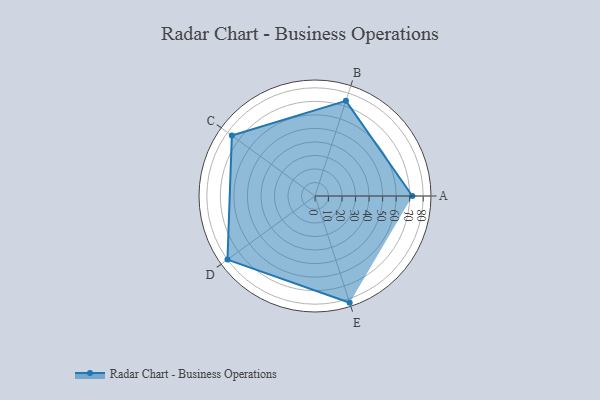
{"axis": {"x": "Skill", "y": "Score"}, "legend": ["Profile"], "data": [{"x": "A", "y": 72.0, "type": "Profile"}, {"x": "B", "y": 74.0, "type": "Profile"}, {"x": "C", "y": 76.0, "type": "Profile"}, {"x": "D", "y": 80.0, "type": "Profile"}, {"x": "E", "y": 83.0, "type": "Profile"}]}